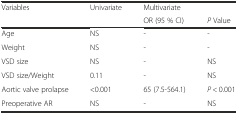
<table><thead><tr><td><b>Variables</b></td><td><b>Univariate</b></td><td><b>Multivariate</b></td><td></td></tr><tr><td></td><td></td><td><b>OR (95 % CI)</b></td><td><b><i>P</i> Value</b></td></tr></thead><tbody><tr><td>Age</td><td>NS</td><td>-</td><td>-</td></tr><tr><td>Weight</td><td>NS</td><td>-</td><td>-</td></tr><tr><td>VSD size</td><td>NS</td><td>-</td><td>NS</td></tr><tr><td>VSD size/Weight</td><td>0.11</td><td>-</td><td>NS</td></tr><tr><td>Aortic valve prolapse</td><td>&lt;0.001</td><td>65 (7.5-564.1)</td><td><i>P</i> &lt; 0.001</td></tr><tr><td>Preoperative AR</td><td>NS</td><td>-</td><td>NS</td></tr></tbody></table>